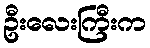
ဦးလေးကြီးက